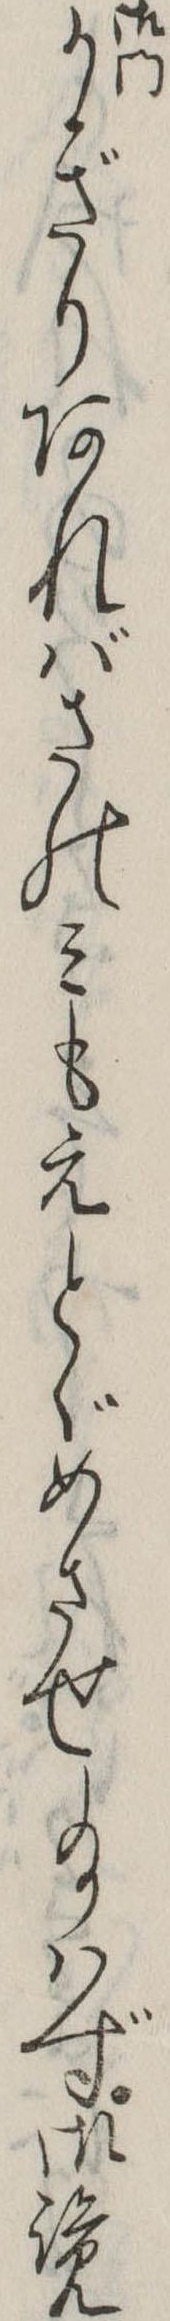
かぎりあればさのみもえとゞめさせ給はず御覧